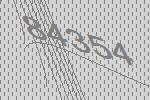
84354